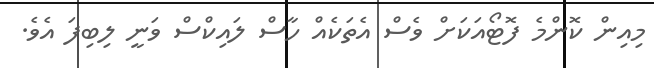
މިއިން ކޮންމެ ފޮޓޯއަކަށް ވެސް އެތަކެއް ހާސް ލައިކްސް ވަނީ ލިބިފަ އެވެ.